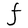
Character: F